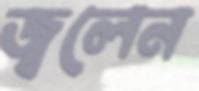
জ্বলেন